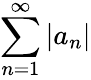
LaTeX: \sum_{n=1}^{\infty}\left|a_{n}\right\vert